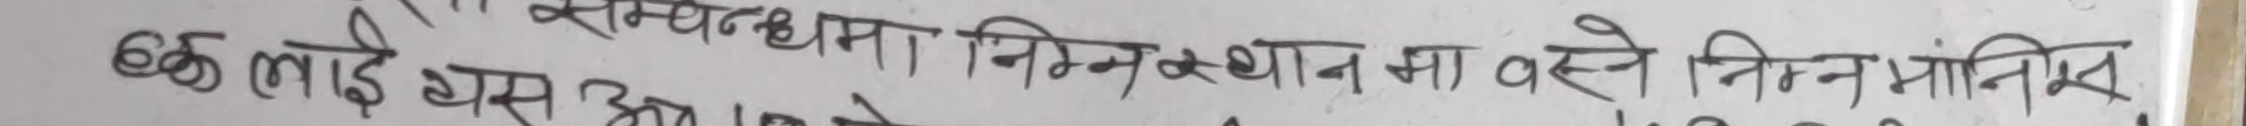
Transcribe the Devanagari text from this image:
सम्बन्धमा निम्नानुसार वा निम्नांकित
६० लाई यस आधारमा